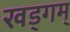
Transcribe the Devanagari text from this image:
खड्गम्